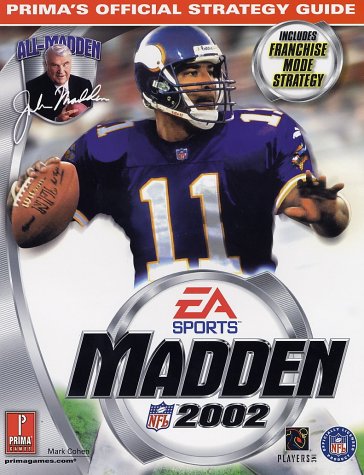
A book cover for Madden NFL 2002: Prima's Official Strategy Guide; Mark Cohen; Humor & Entertainment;